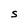
Character: S